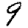
Digit: 9